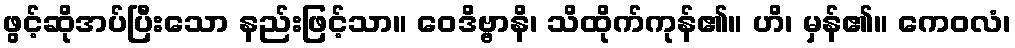
ဖွင့်ဆိုအပ်ပြီးသော နည်းဖြင့်သာ။ ဝေဒိဗ္ဗာနိ၊ သိထိုက်ကုန်၏။ ဟိ၊ မှန်၏။ ကေဝလံ၊